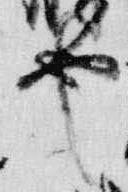
也